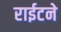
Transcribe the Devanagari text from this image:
राईटने